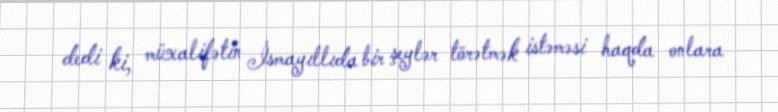
dedi ki, müxalifətin İsmayıllıda bir şeylər törətmək istəməsi haqda onlara